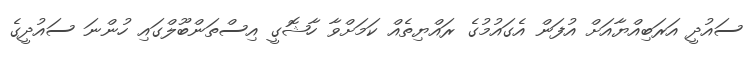
ސައުދީ އަރަބިއްޔާއަށް އުފަން އެގައުމުގެ ރައްޔިތެއް ކަމަށްވާ ހާޝޮގީ އިސްތަންބޫލްގައި ހުންނަ ސައުދީގެ